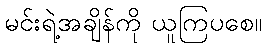
မင်းရဲ့အချိန်ကို ယူကြပစေ။